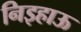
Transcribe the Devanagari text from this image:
निइहाऊ